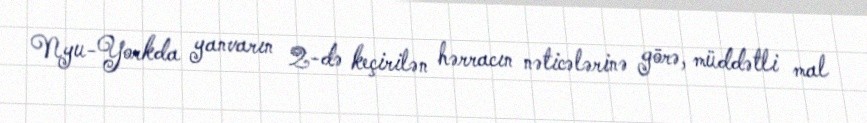
Nyu-Yorkda yanvarın 2-də keçirilən hərracın nəticələrinə görə, müddətli mal